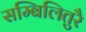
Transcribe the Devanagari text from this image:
सम्बिलितुरै